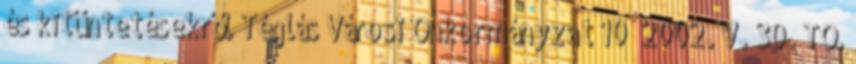
és kitüntetésekről Téglás Városi Önkormányzat 10 2002. V. 30. TÖ.